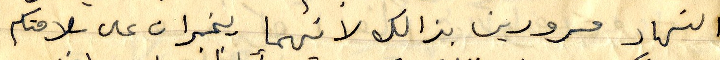
النهار مسرورين بذالك لانهما يخبران على سلامتكم